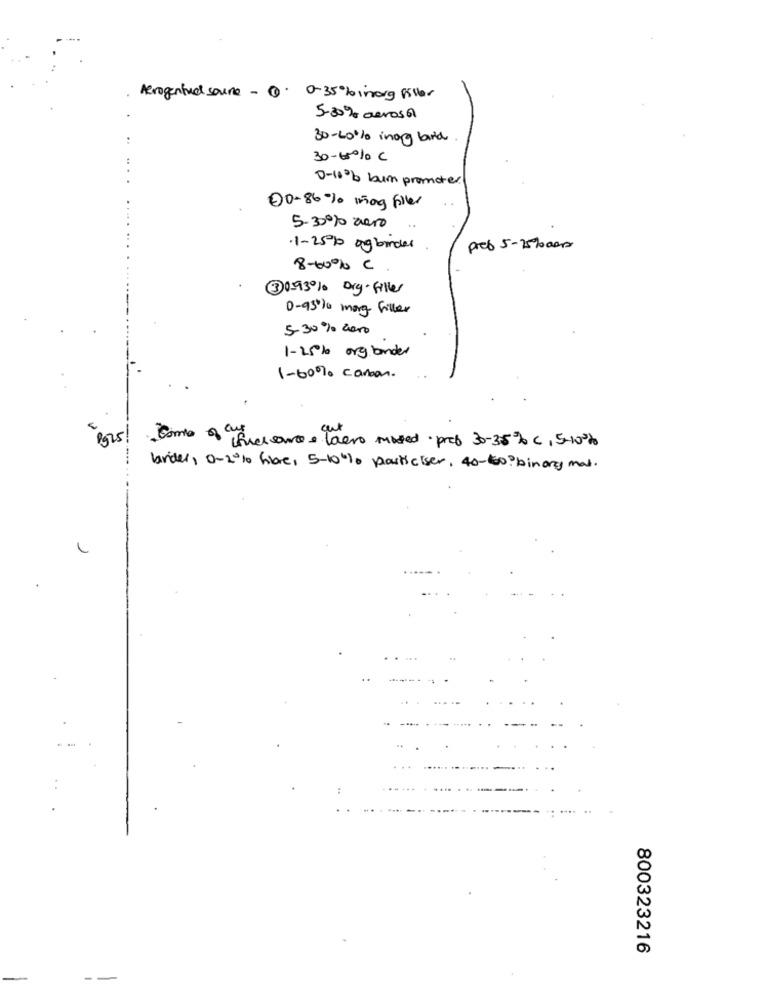
Aerogenhud source - 1.
0-35 %inorg filler
5-30 % Derosa
30-60% inog birth
30-60% C
0-10% burn promoter
00-86% mog filler
5-30% zero
.1-25 % og binder
pred 5-25%der
8-60% C
30593% org-filler
0-9310 mary filler
5-30% 2000
1-25% org bonder
1-60% carbon.
Pg25!
Come of ysiclaro . laero mised prof 30-35% c, 5-10%
brides, 0-2% hore, 5-10% particiser, 40-60? binary mal.
800323216